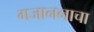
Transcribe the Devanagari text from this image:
गजाननाचा